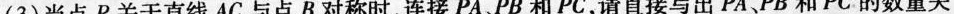
(3)当点P关于直线AC与点B对称时，连接PA、PB和PC，请直接写出PA、PB和PC的数量关